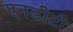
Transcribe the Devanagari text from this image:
एनडीटी